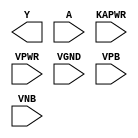
/**
 * Copyright 2020 The SkyWater PDK Authors
 *
 * Licensed under the Apache License, Version 2.0 (the "License");
 * you may not use this file except in compliance with the License.
 * You may obtain a copy of the License at
 *
 *     https://www.apache.org/licenses/LICENSE-2.0
 *
 * Unless required by applicable law or agreed to in writing, software
 * distributed under the License is distributed on an "AS IS" BASIS,
 * WITHOUT WARRANTIES OR CONDITIONS OF ANY KIND, either express or implied.
 * See the License for the specific language governing permissions and
 * limitations under the License.
 *
 * SPDX-License-Identifier: Apache-2.0
 */

`ifndef SKY130_FD_SC_HD__LPFLOW_CLKINVKAPWR_PP_BLACKBOX_V
`define SKY130_FD_SC_HD__LPFLOW_CLKINVKAPWR_PP_BLACKBOX_V

/**
 * lpflow_clkinvkapwr: Clock tree inverter on keep-alive rail.
 *
 * Verilog stub definition (black box with power pins).
 *
 * WARNING: This file is autogenerated, do not modify directly!
 */

`timescale 1ns / 1ps
`default_nettype none

(* blackbox *)
module sky130_fd_sc_hd__lpflow_clkinvkapwr (
    Y    ,
    A    ,
    KAPWR,
    VPWR ,
    VGND ,
    VPB  ,
    VNB
);

    output Y    ;
    input  A    ;
    input  KAPWR;
    input  VPWR ;
    input  VGND ;
    input  VPB  ;
    input  VNB  ;
endmodule

`default_nettype wire
`endif  // SKY130_FD_SC_HD__LPFLOW_CLKINVKAPWR_PP_BLACKBOX_V